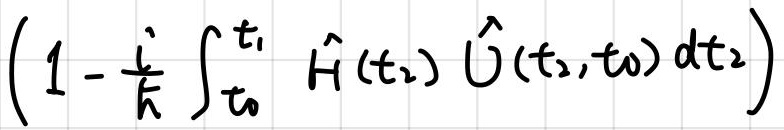
$\left(1 - \frac{i}{\hbar} \int_{t_0}^{t_1} \hat{H}(t_2) \hat{U}(t_2,t_0) dt_2\right)$